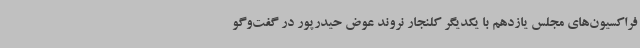
فراکسیون‌های مجلس یازدهم با یکدیگر کلنجار نروند عوض حیدرپور در گفت‌وگو